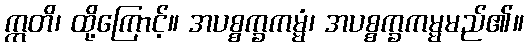
ဣတိ၊ ထို့ကြောင့်။ အပစ္စက္ခကမ္မံ၊ အပစ္စက္ခကမ္မမည်၏။